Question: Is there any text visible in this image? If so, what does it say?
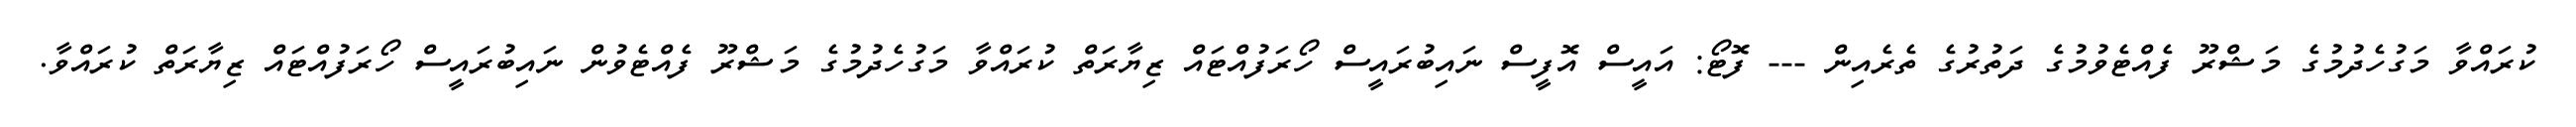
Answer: ކުރައްވާ މަގުހެދުމުގެ މަޝްރޫ ފެއްޓެވުމުގެ ދަތުރުގެ ތެރެއިން --- ފޮޓޯ: އައީސް އޮފީސް ނައިބުރައީސް ހޯރަފުއްޓައް ޒިޔާރަތް ކުރައްވާ މަގުހެދުމުގެ މަޝްރޫ ފެއްޓެވުން ނައިބުރައީސް ހޯރަފުއްޓައް ޒިޔާރަތް ކުރައްވާ.